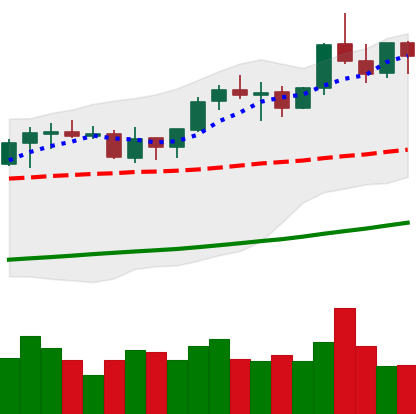
Ticker: ETH-USD
Chart end date: 2021-10-24
Forward return: 7.995%
Label: up_7plus